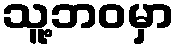
သူ့ဘဝမှာ